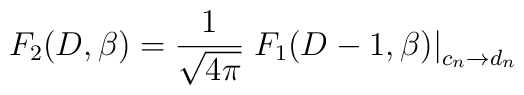
F_2(D,\beta)={1 \over \sqrt{4\pi}} \left. F_1(D-1,\beta)\right|_{c_n\rightarrow d_n}~~